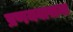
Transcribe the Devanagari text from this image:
प्रणयवासना